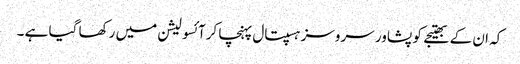
کہ ان کے بھتیجے کو پشاور سروسز ہسپتال پہنچا کرآئسولیشن میں رکھا گیا ہے ۔